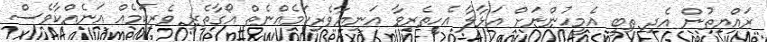
ރައްޔިތުން އެދި ތިބީ އެމީހުންނަށް އަޅާލާ އެހީތެރިވާ އަނިޔާވެރިކަމެއްނެތް އޯގާތެރި ވެރިކަމެއް އަނެއްކާވެސް